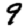
Digit: 9